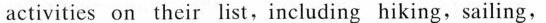
activities on their list,including hiking,sailing,